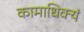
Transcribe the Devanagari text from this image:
कामाधिक्यं